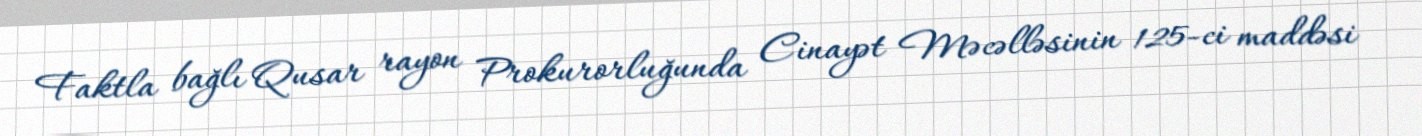
Faktla bağlı Qusar rayon Prokurorluğunda Cinayət Məcəlləsinin 125-ci maddəsi